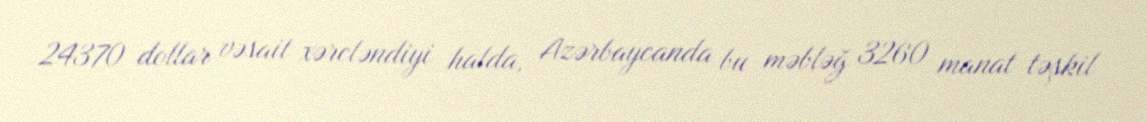
24370 dollar vəsait xərcləndiyi halda, Azərbaycanda bu məbləğ 3260 manat təşkil